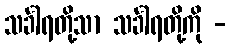
သင်္ခါရတို့သာ သင်္ခါရတို့ကို -